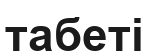
табеті